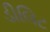
ડીલિટ